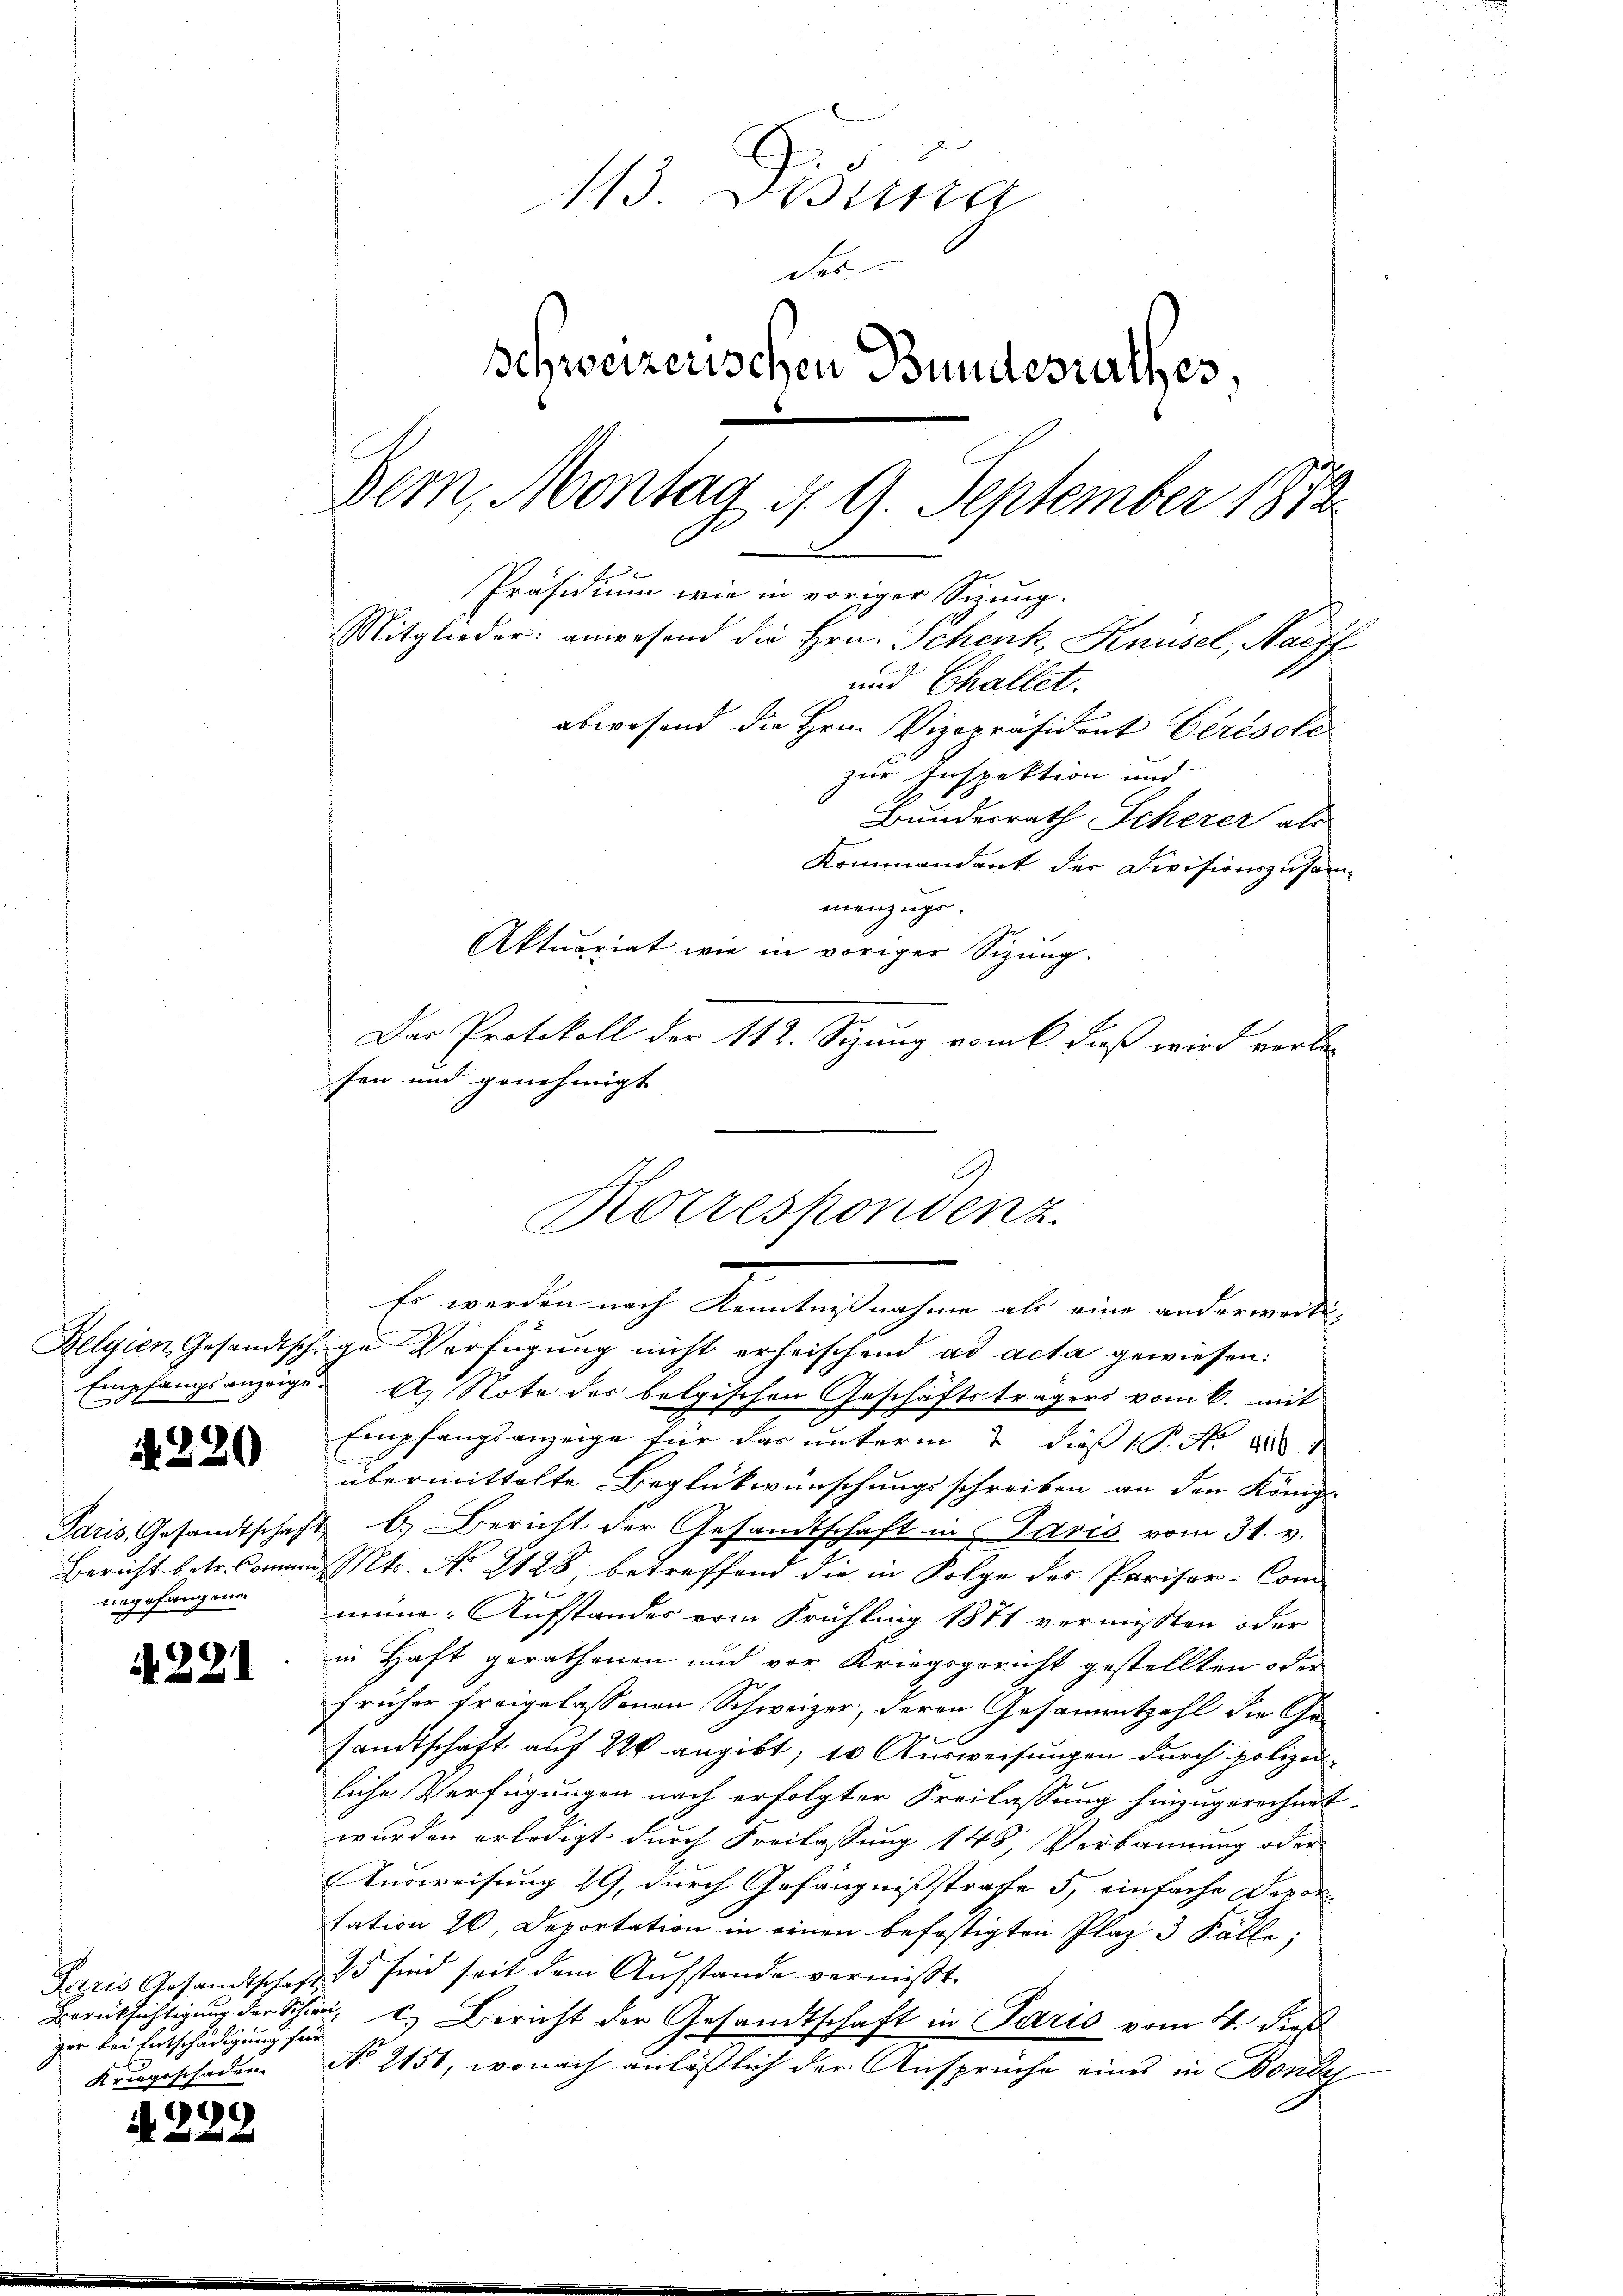
e

N 220

negofangenen

221

Belgien Gesandtschige Verfügung nicht erheischend ad acta gewiesen:
Empfangsanzaige A. Note der belgischen Geschäftsträgers vom 6. mit
Empfangsanzeige für das unterm 2 dieß P. Nr. 188
übermittelte Beglückwünschungsschreiben an den Königl.
Paris, Gesandtschaft b.) Bericht der Gesandtschaft in Paris vom 31. v.
Bericht betr. Commisst. No. 2128, betreffend die in Folge des Pariser-Com
mün- Aufstandes vom Frühling 1871 vermissten oder
in Haft gerathenen und vor Kriegsgericht gestellten oder
früher freigelassenen Schweizer, deren Gesammtzahl die Gesandtschaft auf 22 angibt, 10 Ausweisungen durch polizeiliche Verfügungen nach erfolgter Freilassung hinzugerechnet.
wurden erledigt durch Freilassung 148, Verbannung oder
Ausweisung 29, durch Gefängnißstrafe 5, einfache Deportation 20, Deportation in einen befestigten Plaz 3 Fälle,
Paris Gesandtschaft 25 sind seit dem Aufstande vermißt.
Berücksichtigung der Schär, u. Bericht der Gesandtschaft in Paris vom 4. Dies
No. 2151, wonach anläßlich der Ansprüche eines in Bonde

zer bei Entschädigung sein
Kriegsschaden

4. 222

113. Disung
des
schweizerischen Bundesrathes,
Dem, Montag d. 9. September 1872
Präsidium wie in voriger Sizung.
Mitglieder: anwesend die Hrn. Schenk, Knüsel, Nachf
und Challet.
abwesend die Hrn. Vizepräsident Ceresold
zur Inspektion und
Bundesrath Scherer als
Kommandant der Divisionszusam-
menzüge.
Aktuariat wie in voriger Sizung.

Das Protokoll der 112. Sizung vom 6. Fuß wird verle-
sen und genehmigt
Korrespondenz
Es werden nach Kenntestnahme als eine anderwende